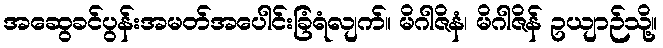
အဆွေခင်ပွန်းအမတ်အပေါင်းခြံရံလျက်။ မိဂါဇိနံ၊ မိဂါဇိန် ဥယျာဉ်သို့။